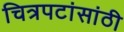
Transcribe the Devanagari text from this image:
चित्रपटांसांठी